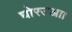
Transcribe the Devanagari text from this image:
घोरउआ।